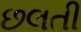
છલતી